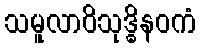
သမူလာဝိသုဒ္ဓိနဝကံ